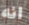
انه